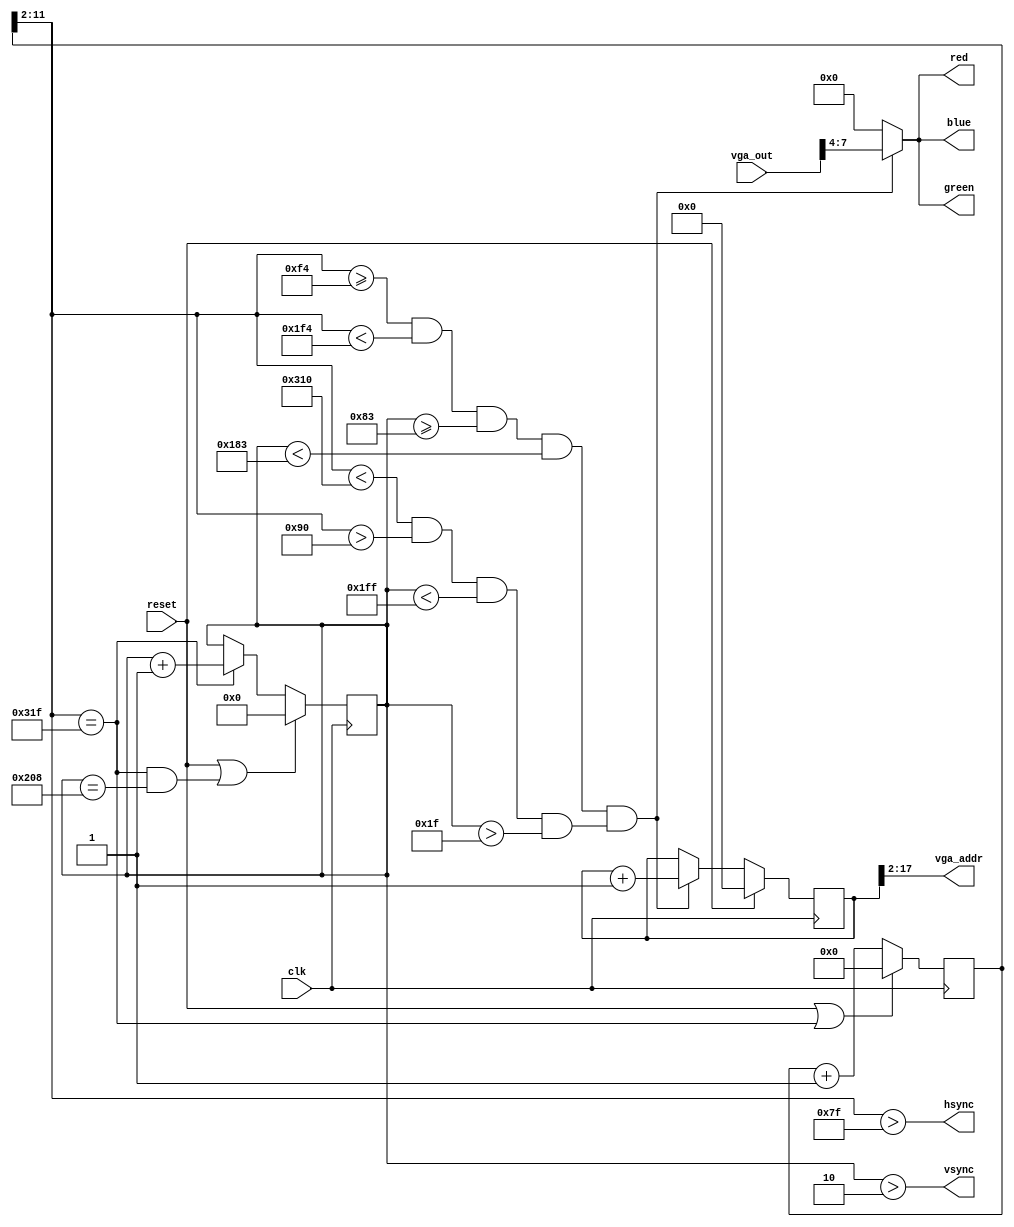
module vga(
	input clk,
	input reset,
	
	output reg [3:0] red,
	output reg [3:0] green,
	output reg [3:0] blue,
	output reg	 hsync,
	output reg	 vsync,
	output [15:0]vga_addr,
	input [7:0] vga_out
	
    );

parameter hpixels = 12'd800;
parameter vlines = 12'd521;
parameter hbp = 12'd144;
parameter hfp = 12'd784;
parameter vbp = 12'd31;
parameter vfp = 12'd511;
parameter W = 256;
parameter H = 256;
wire [10:0] C1, R1;

reg [11:0] hc_new;
reg [9:0] hc;
reg [9:0] vc;
reg vidon;
reg spriteon;
reg vsenable;

always @ (posedge clk)
	if (reset || vsenable)	hc_new <= 0;
	else					hc_new <= hc_new + 1;

always@* hc = hc_new[11:2];
			
always@* vsenable = hc == hpixels - 1;
	
always @* hsync = hc > (127);

always @ (posedge clk)
	if (reset || vc_clr)	vc <= 0;
	else if (vsenable)		vc <= vc + 1;

assign vc_clr = vsenable & (vc == vlines - 1);

always@* vsync = vc > 2;

always @(*) vidon = ((hc < hfp) && (hc > hbp) && (vc < vfp) && (vc > vbp));



assign C1 = 11'd100;
assign R1 = 11'd100;


always @(*) spriteon = ((hc >= C1 + hbp) && (hc < C1 + hbp + W) && (vc >= R1 + vbp) && (vc < R1 + vbp + H));


always @(*)
	begin
		red = 0;
		green = 0;
		blue = 0;
		if ((spriteon == 1) && (vidon == 1))
			begin
				red 	= vga_out[7:4];
				green 	= vga_out[7:4];
				blue	= vga_out[7:4];
			end
	end
reg [17:0] addr_cnt;

always@(posedge clk)
	if(reset)	
		addr_cnt <= 0;
	else if((spriteon == 1) && (vidon == 1))
		addr_cnt <= addr_cnt + 1;

assign vga_addr = 	addr_cnt[17:2];
endmodule